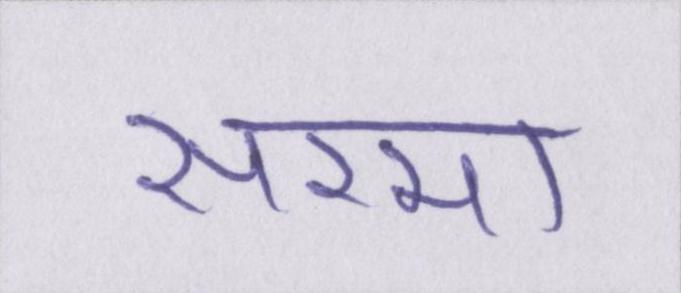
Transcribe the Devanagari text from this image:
सरमा